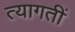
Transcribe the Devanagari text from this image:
त्यागतीं